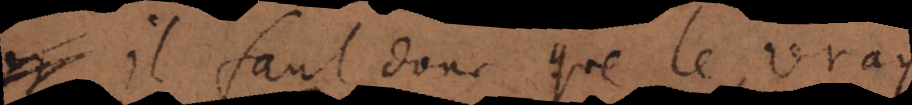
Il faut donc que le vray